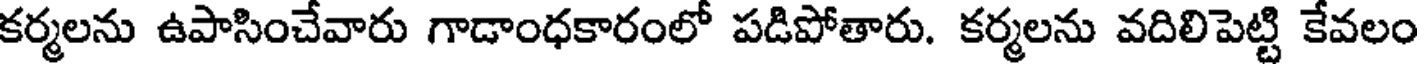
కర్మలను ఉపాసించేవారు గాడాంధకారంలో పడిపోతారు. కర్మలను వదిలిపెట్టి కేవలం